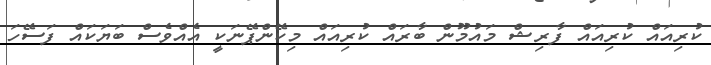
ކުރިއައް ކުރިއައް ފާރިޝް މައުމޫން ބާރަައް ކުރިއައް މިކޭންޕޭނަކީ އެއްވެސް ބަޔަކައް ފަސޭހަ